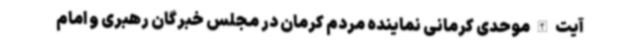
آیت الله موحدی کرمانی نماینده مردم کرمان در مجلس خبرگان رهبری و امام